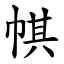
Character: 帺